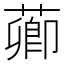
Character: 𦺄